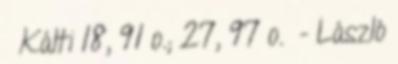
Kálti 18, 91 o.; 27, 97 o. - László